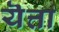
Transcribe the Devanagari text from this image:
यॆत्ता